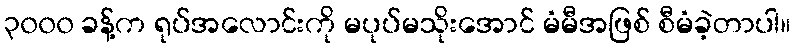
၃၀၀၀ ခန့်က ရုပ်အလောင်းကို မပုပ်မသိုးအောင် မံမီအဖြစ် စီမံခဲ့တာပါ။